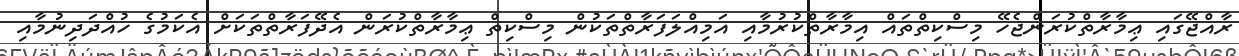
ރާއްޖޭގައި ޢިމާރާތްކުރަންޖެހޭ މިސްކިތްތައް އިމާރާތްކުރުމާއި އަމިއްލަފަރާތްތަކުން މިސްކިތް ޢިމާރާތްކުރަން އެދޭފަރާތްތަކަށް އެކަމުގެ ހުއްދަދިނުމާއި